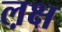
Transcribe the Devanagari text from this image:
ल़क्ष